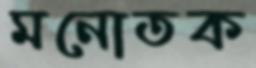
মনোতক